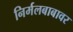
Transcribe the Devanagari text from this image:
निर्मलबाबावर